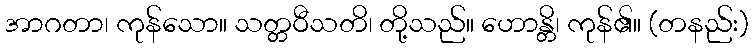
အာဂတာ၊ ကုန်သော။ သတ္တဝီသတိ၊ တို့သည်။ ဟောန္တိ၊ ကုန်၏။ (တနည်း)